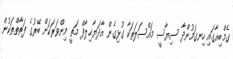
ގެމްބިއާގައި ހިނގަމުންދާ ސިޔާސީ މައްސަލަތަކާ ގުޅިގެން އާދަޔާޚިލާފް މަތީ މިންވަރަކަށް ބޭރުގެ ފަރާތްތަކުން